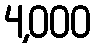
4,000